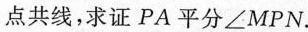
点共线，求证PA平分∠MPN.